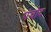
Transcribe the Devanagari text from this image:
पंचोद